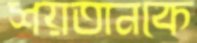
শয়তানকে